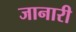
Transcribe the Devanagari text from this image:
जानारी